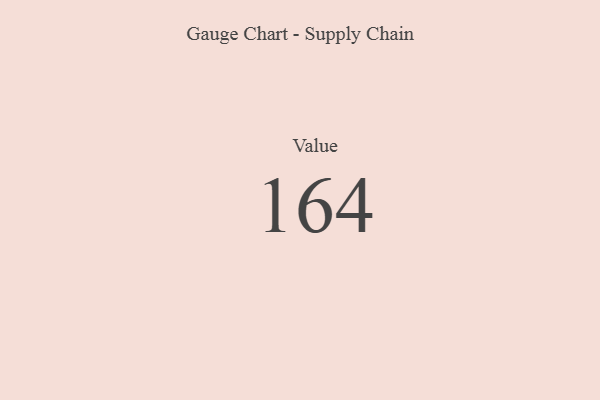
{"axis": {"x": "Metric", "y": "Value"}, "legend": [""], "data": [{"x": "Value", "y": 164, "type": ""}]}